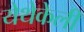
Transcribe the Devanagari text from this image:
येथेकेली